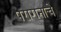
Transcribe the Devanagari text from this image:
परागनाचे